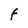
Character: F